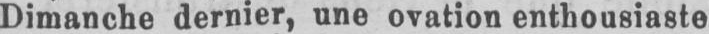
Dimanche dernier, une ovation enthousiaste